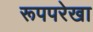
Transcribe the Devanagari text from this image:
रूपपरेखा